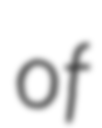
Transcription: of